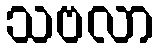
သဗလာ